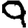
Digit: 9